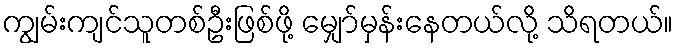
ကျွမ်းကျင်သူတစ်ဦးဖြစ်ဖို့ မျှော်မှန်းနေတယ်လို့ သိရတယ်။